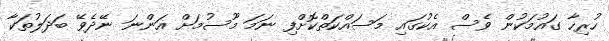
ހުރިހާ ގައުމަކުން ވެސް އެކުގައި މަސައްކަތްކޮށްފި ނަމަ މޫސުމަށް އަންނަ ނޭދެވޭ ބަދަލުތަކާ